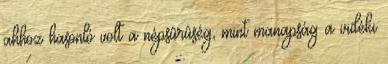
ahhoz hasonló volt a népsûrûség, mint manapság a vidéki